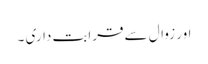
اور زوال سے قرابت داری ۔